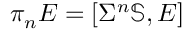
\displaystyle \pi _ { n } E = [ \Sigma ^ { n } \mathbb { S } , E ]